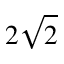
2 \sqrt { 2 }